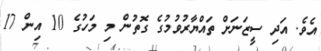
އެވެ. އަދި ސީޒަނަށް ތައްޔާރުވުމުގެ ގޮތުން މި މަހުގެ 10 އިން 17